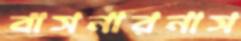
বাসনারনাস